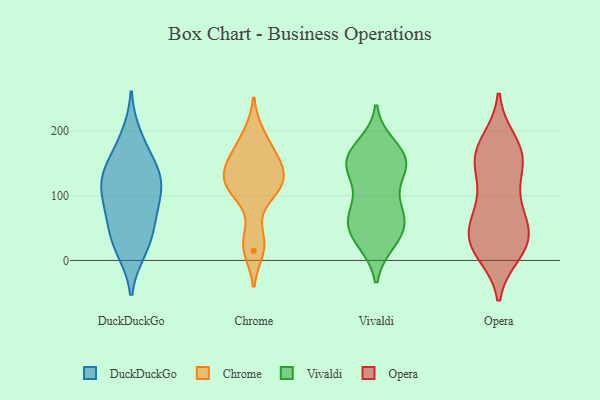
{"axis": {"x": "Inventory Turnover", "y": "Value"}, "legend": ["Chrome", "DuckDuckGo", "Opera", "Vivaldi"], "data": [{"x": "", "y": 78, "type": "DuckDuckGo"}, {"x": "", "y": 16, "type": "DuckDuckGo"}, {"x": "", "y": 129, "type": "DuckDuckGo"}, {"x": "", "y": 59, "type": "DuckDuckGo"}, {"x": "", "y": 166, "type": "DuckDuckGo"}, {"x": "", "y": 21, "type": "DuckDuckGo"}, {"x": "", "y": 41, "type": "DuckDuckGo"}, {"x": "", "y": 110, "type": "DuckDuckGo"}, {"x": "", "y": 192, "type": "DuckDuckGo"}, {"x": "", "y": 131, "type": "DuckDuckGo"}, {"x": "", "y": 117, "type": "DuckDuckGo"}, {"x": "", "y": 138, "type": "DuckDuckGo"}, {"x": "", "y": 86, "type": "DuckDuckGo"}, {"x": "", "y": 123, "type": "Chrome"}, {"x": "", "y": 112, "type": "Chrome"}, {"x": "", "y": 33, "type": "Chrome"}, {"x": "", "y": 160, "type": "Chrome"}, {"x": "", "y": 104, "type": "Chrome"}, {"x": "", "y": 163, "type": "Chrome"}, {"x": "", "y": 15, "type": "Chrome"}, {"x": "", "y": 141, "type": "Chrome"}, {"x": "", "y": 196, "type": "Chrome"}, {"x": "", "y": 125, "type": "Chrome"}, {"x": "", "y": 64, "type": "Vivaldi"}, {"x": "", "y": 150, "type": "Vivaldi"}, {"x": "", "y": 42, "type": "Vivaldi"}, {"x": "", "y": 65, "type": "Vivaldi"}, {"x": "", "y": 41, "type": "Vivaldi"}, {"x": "", "y": 154, "type": "Vivaldi"}, {"x": "", "y": 146, "type": "Vivaldi"}, {"x": "", "y": 177, "type": "Vivaldi"}, {"x": "", "y": 124, "type": "Vivaldi"}, {"x": "", "y": 82, "type": "Vivaldi"}, {"x": "", "y": 157, "type": "Vivaldi"}, {"x": "", "y": 29, "type": "Vivaldi"}, {"x": "", "y": 72, "type": "Vivaldi"}, {"x": "", "y": 72, "type": "Vivaldi"}, {"x": "", "y": 132, "type": "Vivaldi"}, {"x": "", "y": 157, "type": "Vivaldi"}, {"x": "", "y": 168, "type": "Vivaldi"}, {"x": "", "y": 30, "type": "Vivaldi"}, {"x": "", "y": 11, "type": "Opera"}, {"x": "", "y": 20, "type": "Opera"}, {"x": "", "y": 58, "type": "Opera"}, {"x": "", "y": 72, "type": "Opera"}, {"x": "", "y": 126, "type": "Opera"}, {"x": "", "y": 90, "type": "Opera"}, {"x": "", "y": 50, "type": "Opera"}, {"x": "", "y": 91, "type": "Opera"}, {"x": "", "y": 13, "type": "Opera"}, {"x": "", "y": 39, "type": "Opera"}, {"x": "", "y": 182, "type": "Opera"}, {"x": "", "y": 151, "type": "Opera"}, {"x": "", "y": 37, "type": "Opera"}, {"x": "", "y": 159, "type": "Opera"}, {"x": "", "y": 23, "type": "Opera"}, {"x": "", "y": 160, "type": "Opera"}, {"x": "", "y": 164, "type": "Opera"}, {"x": "", "y": 149, "type": "Opera"}, {"x": "", "y": 185, "type": "Opera"}, {"x": "", "y": 32, "type": "Opera"}]}